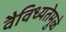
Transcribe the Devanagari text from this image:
वैविध्यतेमुळे